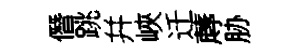
僭跳幷峽迁蓐胁